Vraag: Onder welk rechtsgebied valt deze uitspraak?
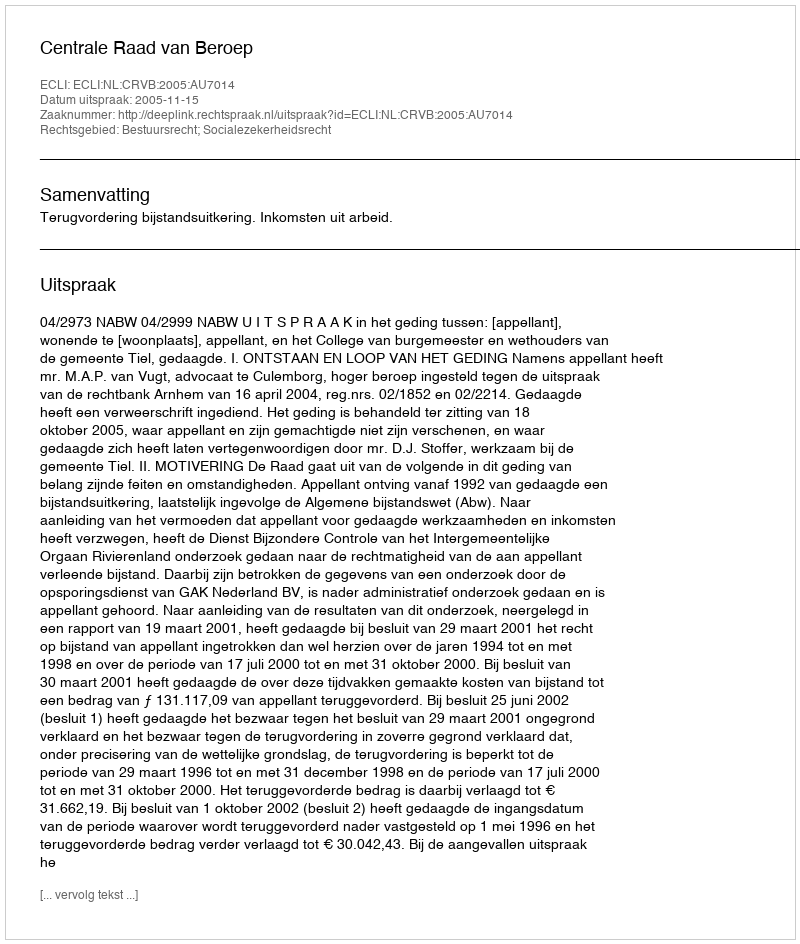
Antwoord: Bestuursrecht; Socialezekerheidsrecht